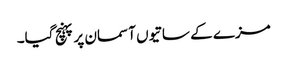
مزے کے ساتیوں آسمان پر پہنچ گیا۔